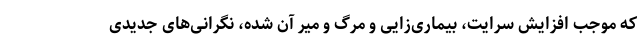
که موجب افزایش سرایت، بیماری‌زایی و مرگ و میر آن شده، نگرانی‌های جدیدی